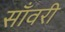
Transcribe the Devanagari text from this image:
साँवरी